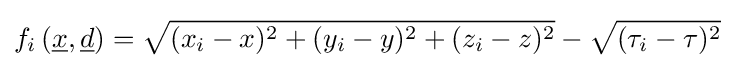
f_{i}\left({\underline {x}},{\underline {d}}\right)={\sqrt {(x_{i}-x)^{2}+(y_{i}-y)^{2}+(z_{i}-z)^{2}}}-{\sqrt {(\tau _{i}-\tau )^{2}}}